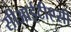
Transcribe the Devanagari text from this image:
सीआईटीएसी